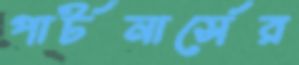
পার্টনার্সের